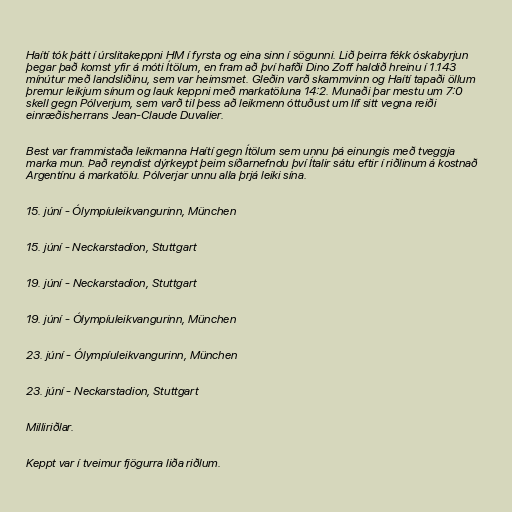
Haítí tók þátt í úrslitakeppni HM í fyrsta og eina sinn í sögunni. Lið þeirra fékk óskabyrjun
þegar það komst yfir á móti Ítölum, en fram að því hafði Dino Zoff haldið hreinu í 1.143
mínútur með landsliðinu, sem var heimsmet. Gleðin varð skammvinn og Haítí tapaði öllum
þremur leikjum sínum og lauk keppni með markatöluna 14:2. Munaði þar mestu um 7:0
skell gegn Pólverjum, sem varð til þess að leikmenn óttuðust um líf sitt vegna reiði
einræðisherrans Jean-Claude Duvalier.

Best var frammistaða leikmanna Haítí gegn Ítölum sem unnu þá einungis með tveggja
marka mun. Það reyndist dýrkeypt þeim síðarnefndu því Ítalir sátu eftir í riðlinum á kostnað
Argentínu á markatölu. Pólverjar unnu alla þrjá leiki sína.

15. júní - Ólympíuleikvangurinn, München

15. júní - Neckarstadion, Stuttgart

19. júní - Neckarstadion, Stuttgart

19. júní - Ólympíuleikvangurinn, München

23. júní - Ólympíuleikvangurinn, München

23. júní - Neckarstadion, Stuttgart

Milliriðlar.

Keppt var í tveimur fjögurra liða riðlum.